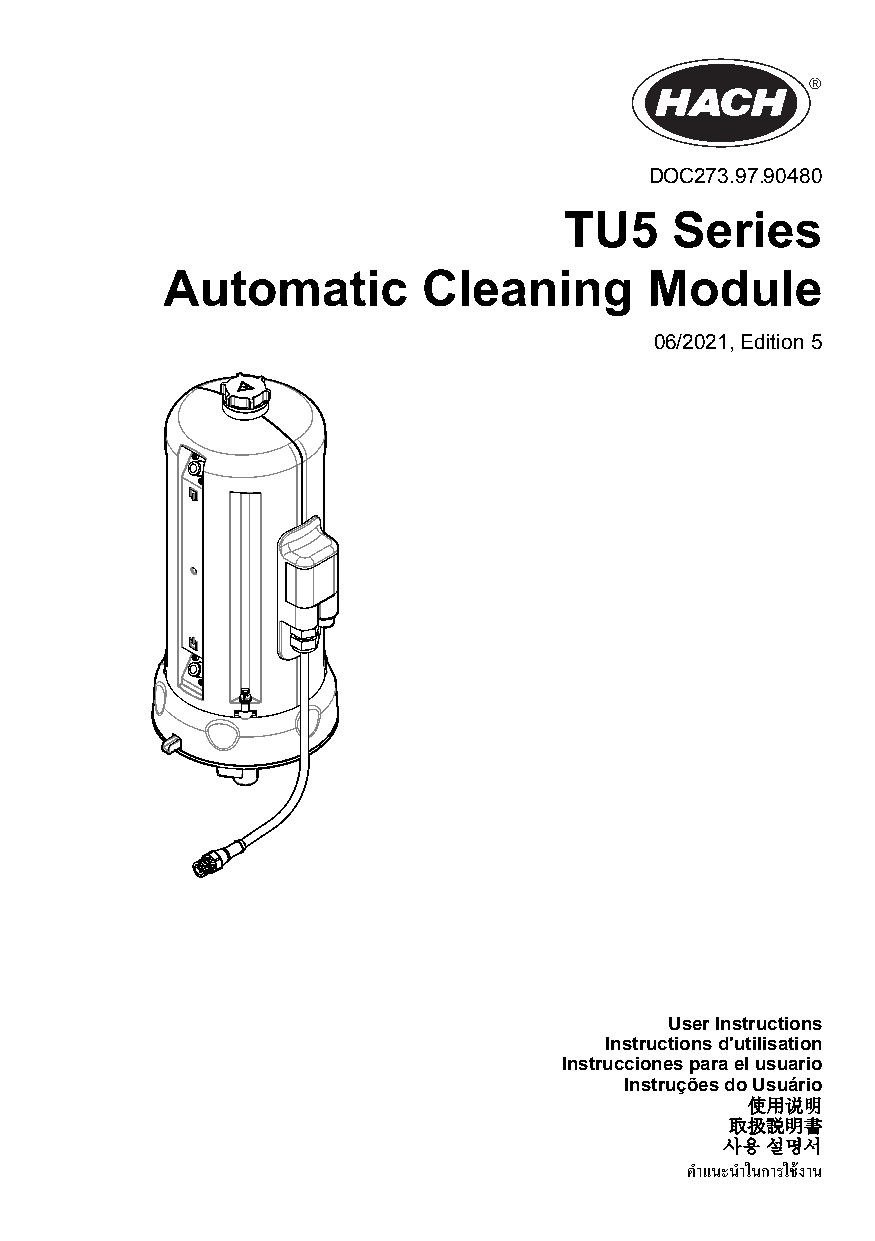
DOC273.97.90480
 TU5    Series
 Automatic        Cleaning       Module
 06/2021, Edition 5
 User Instructions
 Instructions d'utilisation
 Instrucciones para el usuario
 Instruções do Usuário
 使用说明
 取扱説明書
 사용 설명서
 คาํแนะนําในการใช้งาน